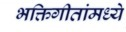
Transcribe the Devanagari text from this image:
भक्तिगीतांमध्ये